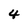
Character: 4